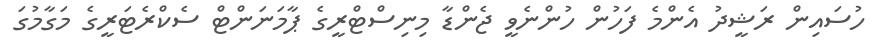
ހުސައިން ރަޝީދު އެންމެ ފަހުން ހުންނެވީ ޖެންޑާ މިނިސްޓްރީގެ ޕާމަނަންޓް ސެކްރެޓަރީގެ މަގާމުގަ